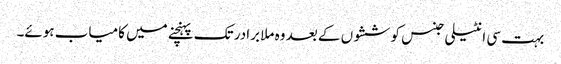
بہت سی انٹیلی جنس کوششوں کے بعد وہ ملا برادر تک پہنچنے میں کامیاب ہوئے۔